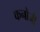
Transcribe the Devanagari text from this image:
कनोजी